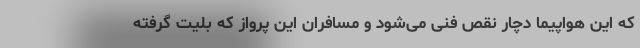
که این هواپیما دچار نقص فنی می‌شود و مسافران این پرواز که بلیت گرفته